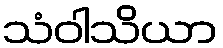
သံဝါသိယာ